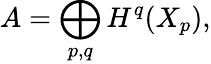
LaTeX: A=\bigoplus_{p,q}H^{q}(X_{p}),